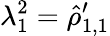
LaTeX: \lambda_{1}^{2}=\hat{\rho}_{1,1}^{\prime}